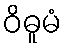
ဝိဓူမံ